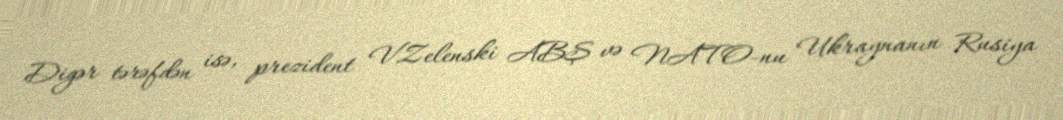
Digər tərəfdən isə, prezident V.Zelenski ABŞ və NATO-nu Ukraynanın Rusiya